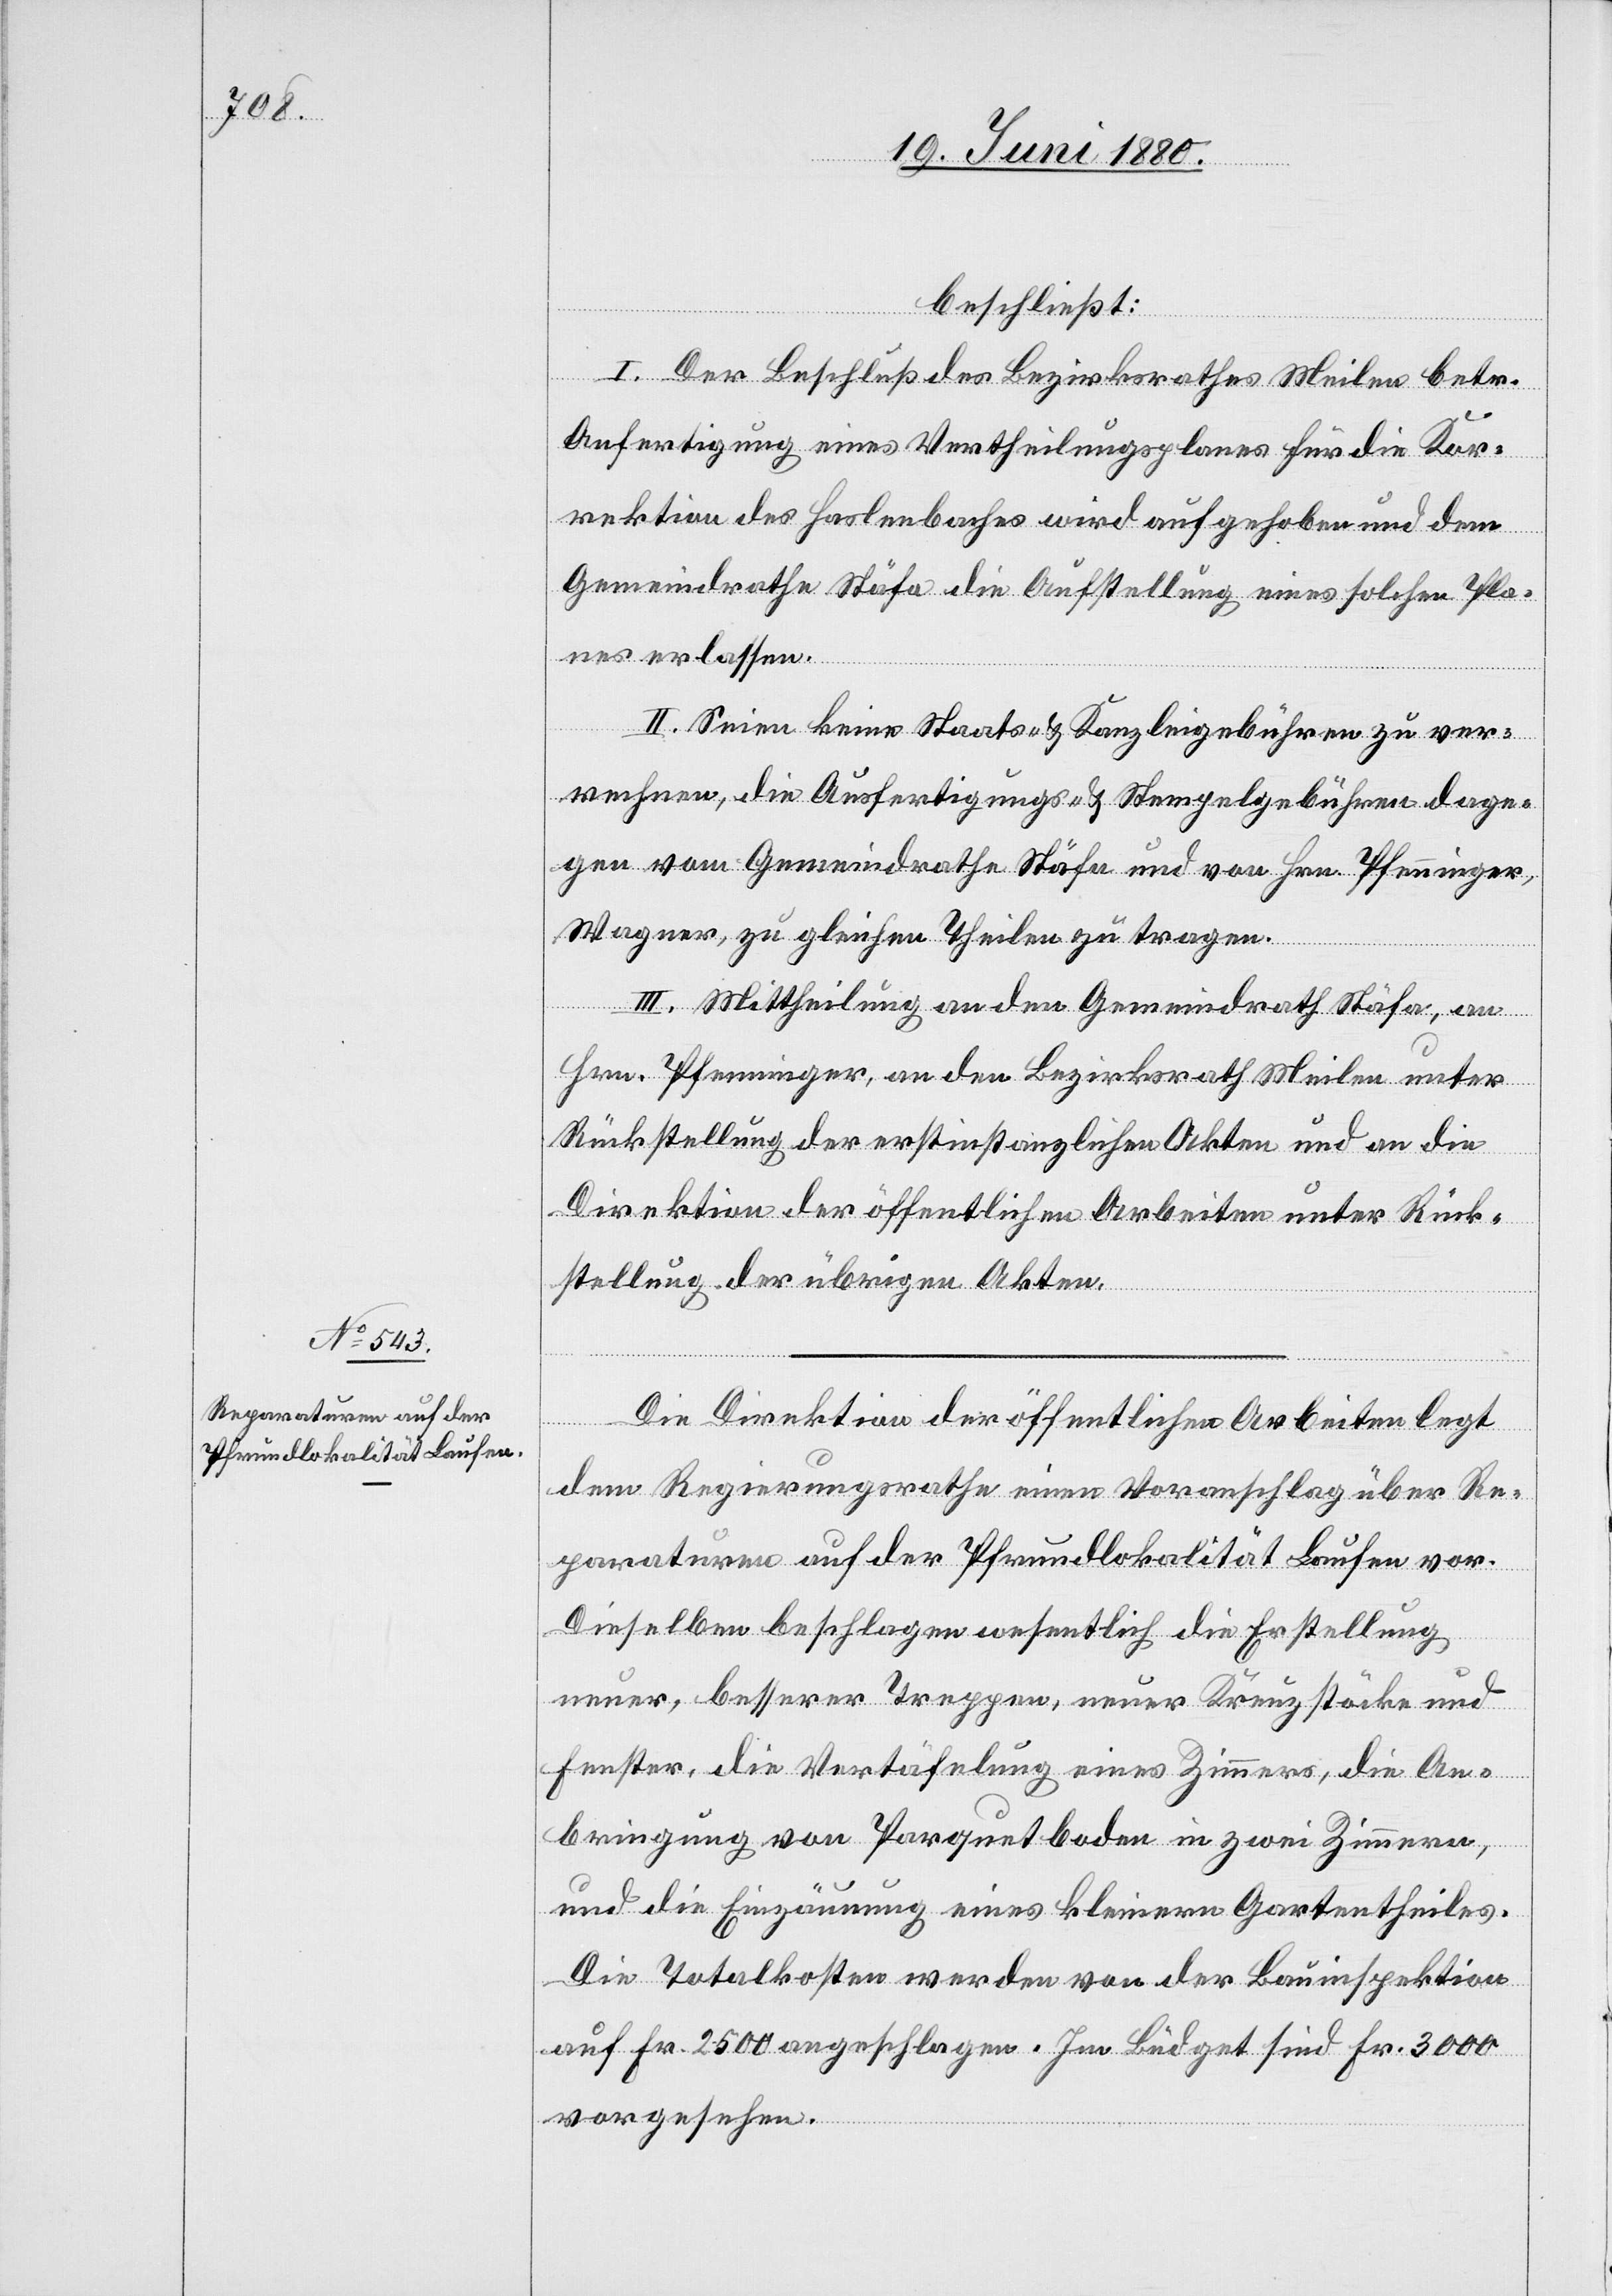
beschließt:
I. Der Beschluß des Bezirksrathes Meilen betr.
Anfertigung eines Vertheilungsplanes für die Kor¬
rektion des Haslenbaches wird aufgehoben und dem
Gemeindrathe Stäfa die Aufstellung eines solchen Pla¬
nes erlassen.
II. Seien keine Staats- & Kanzleigebühren zu ver¬
rechnen, die Ausfertigungs- & Stempelgebühren dage¬
gen vom Gemeindrathe Stäfa und von Hrn. Pfenninger,
Wagner, zu gleichen Theilen zu tragen.
III. Mittheilung an den Gemeindrath Stäfa, an
Hrn. Pfenninger, an den Bezirksrath Meilen unter
Rückstellung der erstinstanzlichen Akten und an die
Direktion der öffentlichen Arbeiten unter Rück¬
stellung der übrigen Akten.
Die Direktion der öffentlichen Arbeiten legt
dem Regierungsrathe einen Voranschlag über Re¬
paraturen auf der Pfrundlokalität Laufen vor.
Dieselben beschlagen wesentlich die Erstellung
neuer, besserer Treppen, neuer Kreuzstöcke und
Fenster, die Veräfelung eines Zimmers, die An¬
bringung von Parquetboden in zwei Zimmern,
und die Einzäumung eines kleinern Gartentheiles.
Die Totalkosten werden von der Bauinspektion
auf Fr. 2500 angeschlagen. Im Büdget sind Fr. 3000
vorgesehen.